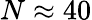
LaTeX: N\approx 40